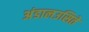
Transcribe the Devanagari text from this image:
अंडालउसिते